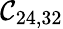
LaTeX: \mathcal{C}_{24,32}